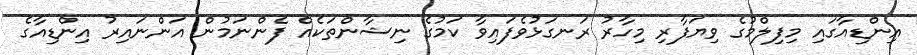
އިންޑިއާގައި މިފިލްމުގެ ވިޔަފާރި މިހާރު ރަނގަޅުވެފައިވާ ކަމުގެ ނިޝާންތަކެއް ފެންނަމުން އަންނައިރު އިންޑިއާގެ